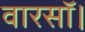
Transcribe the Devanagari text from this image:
वारसॉ।